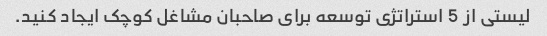
لیستی از 5 استراتژی توسعه برای صاحبان مشاغل کوچک ایجاد کنید.